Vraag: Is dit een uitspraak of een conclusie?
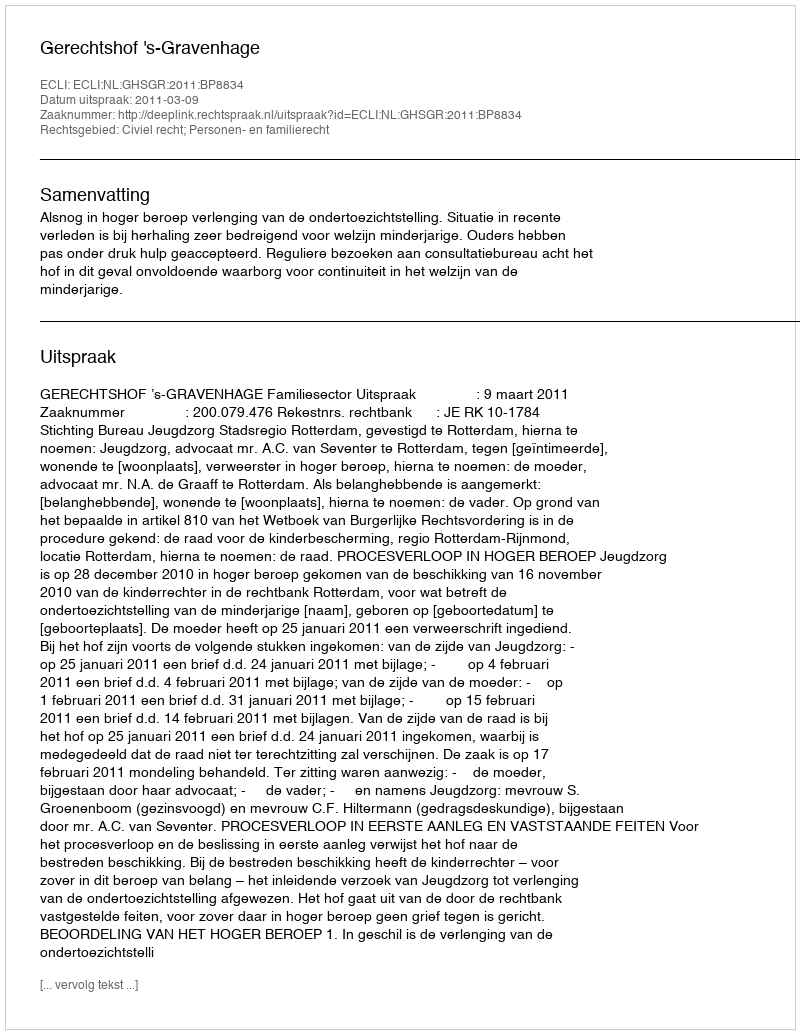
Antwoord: Uitspraak